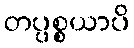
တပ္ပစ္စယာပိ